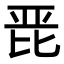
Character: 𭯋